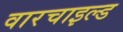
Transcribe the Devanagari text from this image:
वारचाइल्ड